system: You are a helpful assistant.
user:
Analyze the provided spectrum to determine if it is a **"Cataclysmic Variables (CV)"**.

- **Key Indicators for CV (Check for either state):**
    - **State 1: Quiescent / Low-State (Emission-Dominated)**
        - **(Primary):** Strong and *very broad* Hydrogen Balmer emission lines (e.g., $H\alpha$ at 6563 Å, $H\beta$ at 4861 Å). The 'broadness' (high velocity dispersion, often FWHM > 1000 km/s) is the key diagnostic, indicating a high-velocity accretion disk.
        - **(Secondary):** Broad neutral Helium (He I) emission lines (e.g., 5876 Å, 6678 Å).
        - **(Key Confirmation):** Presence of high-excitation *ionized* Helium (He II) emission at 4686 Å. This is a strong indicator of accretion onto a white dwarf.
        - **(Line Profile):** Emission lines may exhibit a 'double-peaked' profile, which is a classic signature of a rotating accretion disk viewed at high inclination.

    - **State 2: Outburst / High-State (Absorption-Dominated)**
        - **(Primary):** Spectrum is dominated by a bright, blue continuum (looks like a hot star).
        - **(Secondary):** The emission lines from State 1 are weak, absent, or 'filled in', and are replaced by broad, shallow *absorption* lines (primarily Balmer and He I).
        - **(Morphology):** The overall spectrum mimics a hot B/A-type star. The crucial difference is that the absorption lines are significantly broader, shallower, and more 'washed-out' (or 'smeared') than the sharp lines of a normal stellar photosphere, due to high rotational speeds and pressure broadening in the disk.

Think first, call **spectral_visualization_tool** if needed to examine features in detail, then provide your final answer. Your response must adhere to the following strict rules:
1.  **Overall Structure:** Your response must follow the format `<think>...</think> <tool_call>...</tool_call> (if a tool is used) <answer>...</answer>`.
2.  **Tool Usage Constraint:** You may only make **one** tool call per turn.
3.  **Final Answer Format:** In the `<answer>` tag, your conclusion must be inside a `\boxed{}` command (e.g., `\boxed{YES}`), followed by your justification.

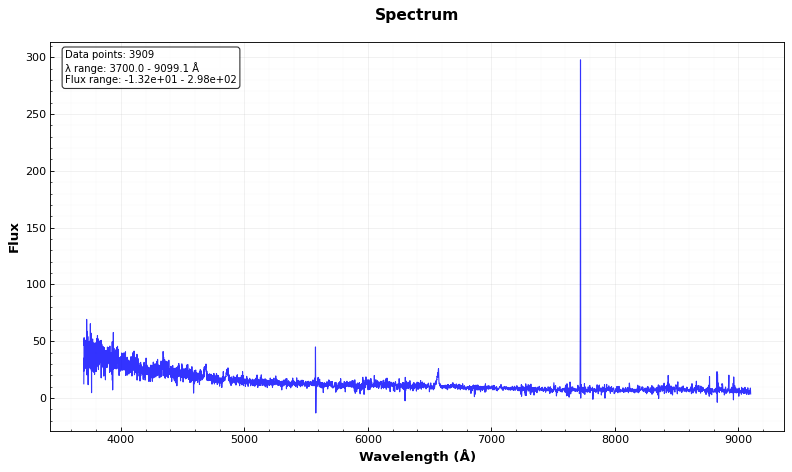
Answer: YES